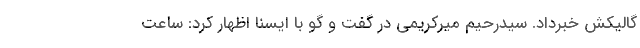
گالیکش خبرداد. سیدرحیم میرکریمی در گفت و گو با ایسنا اظهار کرد: ساعت